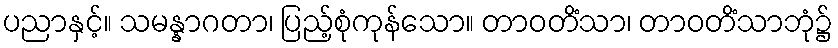
ပညာနှင့်။ သမန္နာဂတာ၊ ပြည့်စုံကုန်သော။ တာဝတိံသာ၊ တာဝတိံသာဘုံ၌